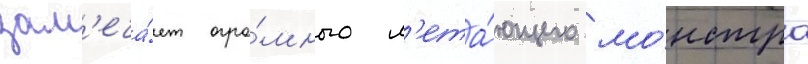
зам'еча́ет огро́много л'ета́ющего мо́нстра